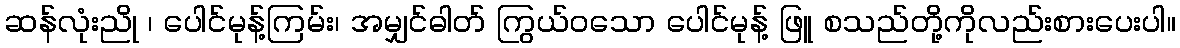
ဆန်လုံးညို ၊ ပေါင်မုန့်ကြမ်း၊ အမျှင်ဓါတ် ကြွယ်ဝသော ပေါင်မုန့် ဖြူ စသည်တို့ကိုလည်းစားပေးပါ။